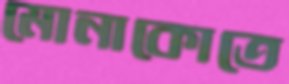
মোনাকোতে